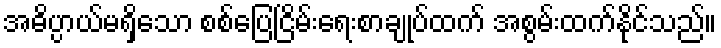
အဓိပ္ပာယ်မရှိသော စစ်ပြေငြိမ်းရေးစာချုပ်ထက် အစွမ်းထက်နိုင်သည်။